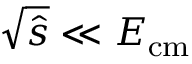
\sqrt { \hat { s } } \ll E _ { \mathrm { { c m } } }